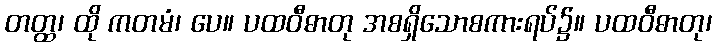
တတ္ထ၊ ထို ကတမံ၊ ပေ။ ပထဝီဓာတု အစရှိသောစကားရပ်၌။ ပထဝီဓာတု၊